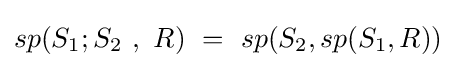
sp(S_{1};S_{2}\ ,\ R)\ =\ sp(S_{2},sp(S_{1},R))